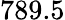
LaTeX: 789.5